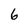
Character: 6